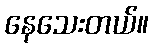
နေသေးတယ်။